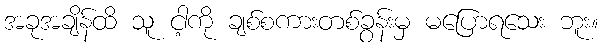
အခုအချိန်ထိ သူ ငါ့ကို ချစ်စကားတစ်ခွန်းမှ မပြောရသေး ဘူး။